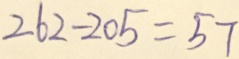
2 6 2 - 2 0 5 = 5 7